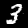
Label: 3